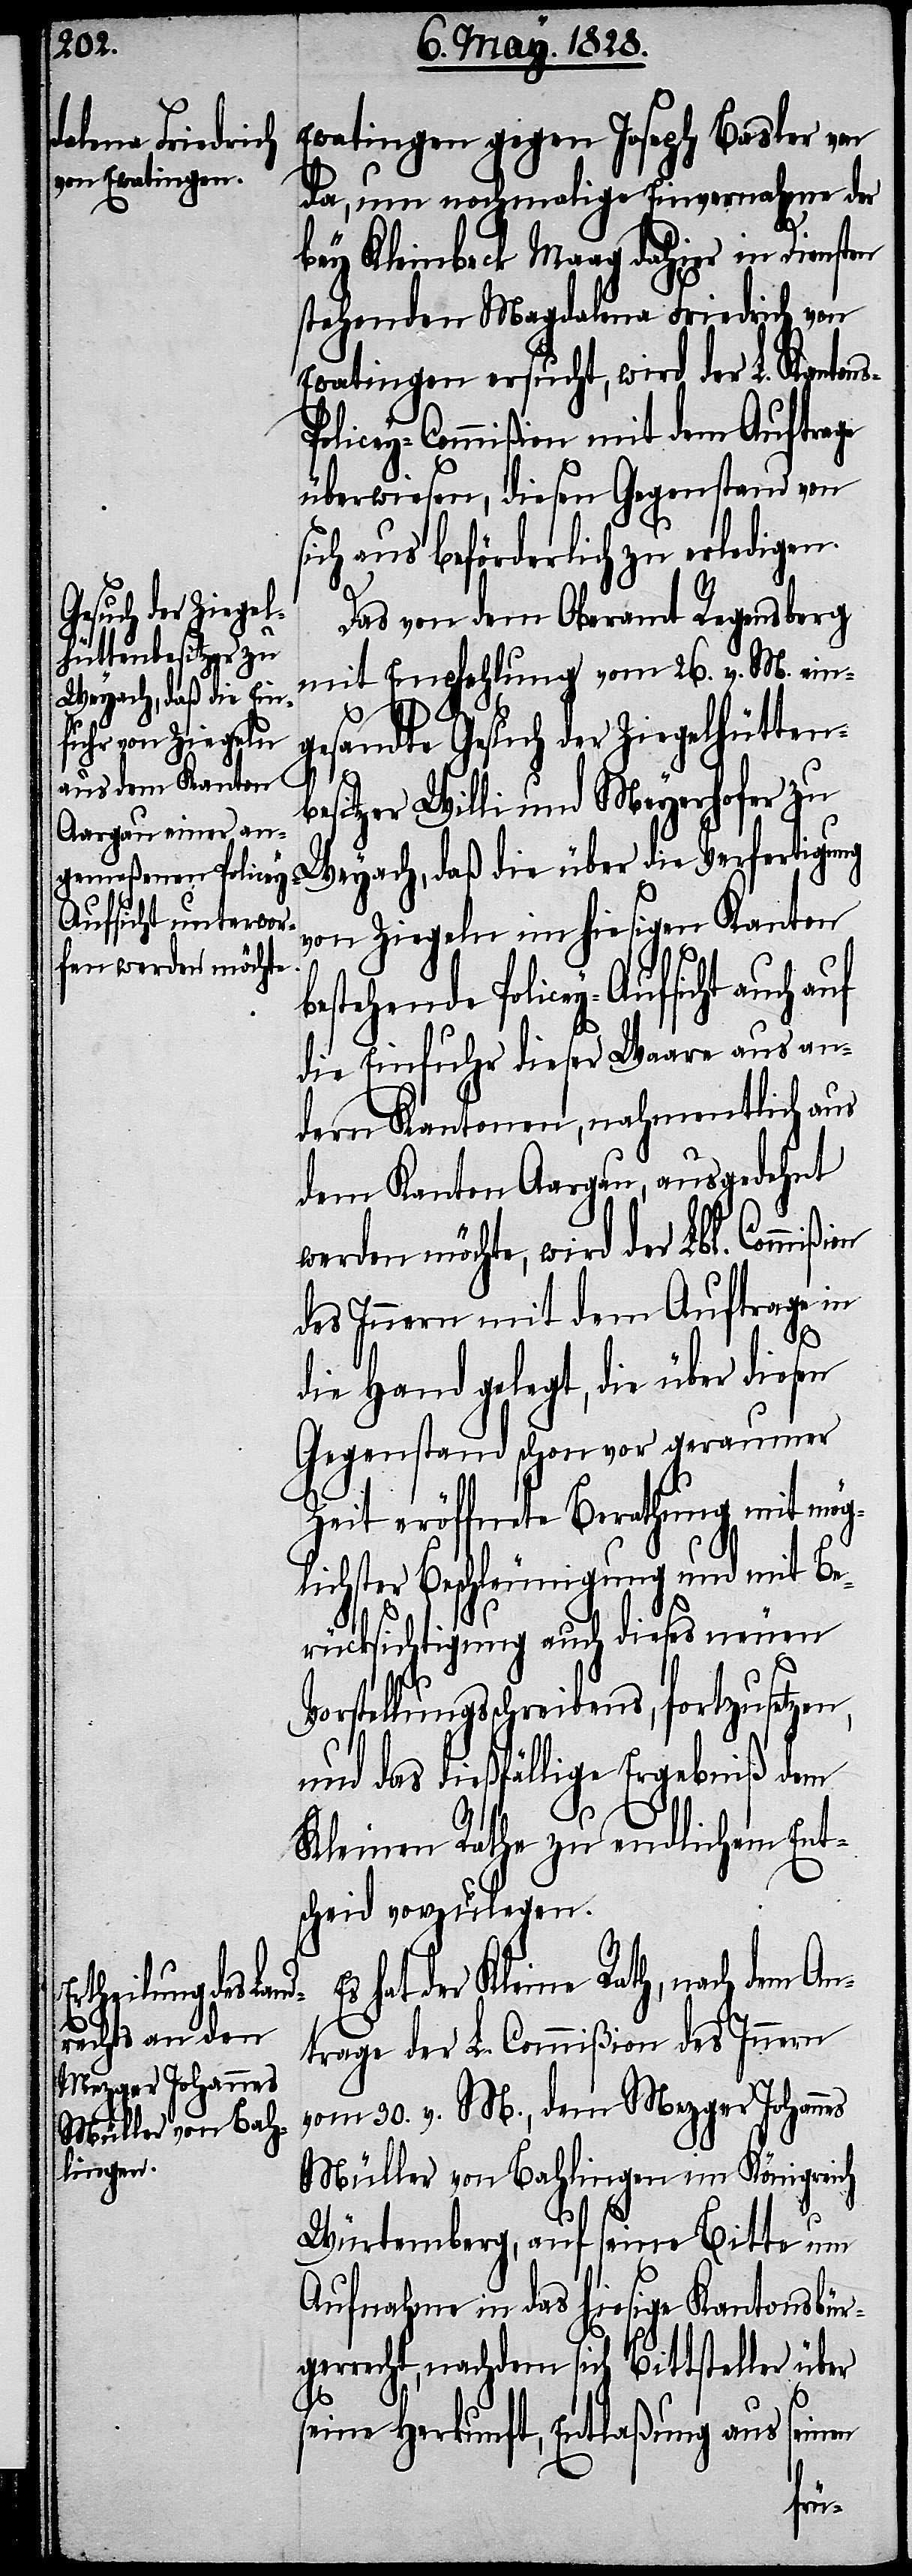
Ewatingen gegen Joseph Basler von
da, um nochmalige Einvernahme der
bey Kleinbeck Maag dahier in Diensten
stehenden Magdalena Friedrich von
Ewatingen ersucht, wird der L. Kanton¬
olicey-Commißion mit dem Auftrage
überwiesen, diesen Gegenstand von
sich aus beförderlich zu erledigen.
Das von dem Oberamt Regensberg
mit Empfehlung vom 26. v. M. ein¬
gesandte Gesuch der Ziegelhütten¬
besitzer Willi und Meyerhofer zu
Weyach, daß die über die Verfertigung
von Ziegeln im hiesigen Kanton
bestehende Policey-Aufsicht auch auf
die Einfuhr dieser Waare aus an¬
dern Kantonen, nahmentlich aus
dem Kanton Aargau, ausgedehnt
werden möchte, wird der Lbl. Commiß¬
des Innern mit dem Auftrage in
die Hand gelegt, die über diesen
Gegenstand schon vor geraumer
Zeit eröffnete Berathung mit mög¬
lichster Beschleunigung und mit Be¬
rücksichtigung auch dieses neuen
Vorstellungsschreibens, fortzusetzen,
und das dießfällige Ergebniß dem
Kleinen Rathe zu endlichem Ent¬
scheid vorzulegen.
hat der Kleine Rath, nach dem A¬
ntrage der L. Commißion des Innern
vom 30. v. M., dem Mezger Johannes
Müller von Bahlingen im Königreich
Würtemberg, auf seine Bitte um
Aufnahme in das hiesige Kantonsbür¬
gerrecht, nachdem sich Bittsteller über
seine Herkunft, Entlaßung aus seinen
ion